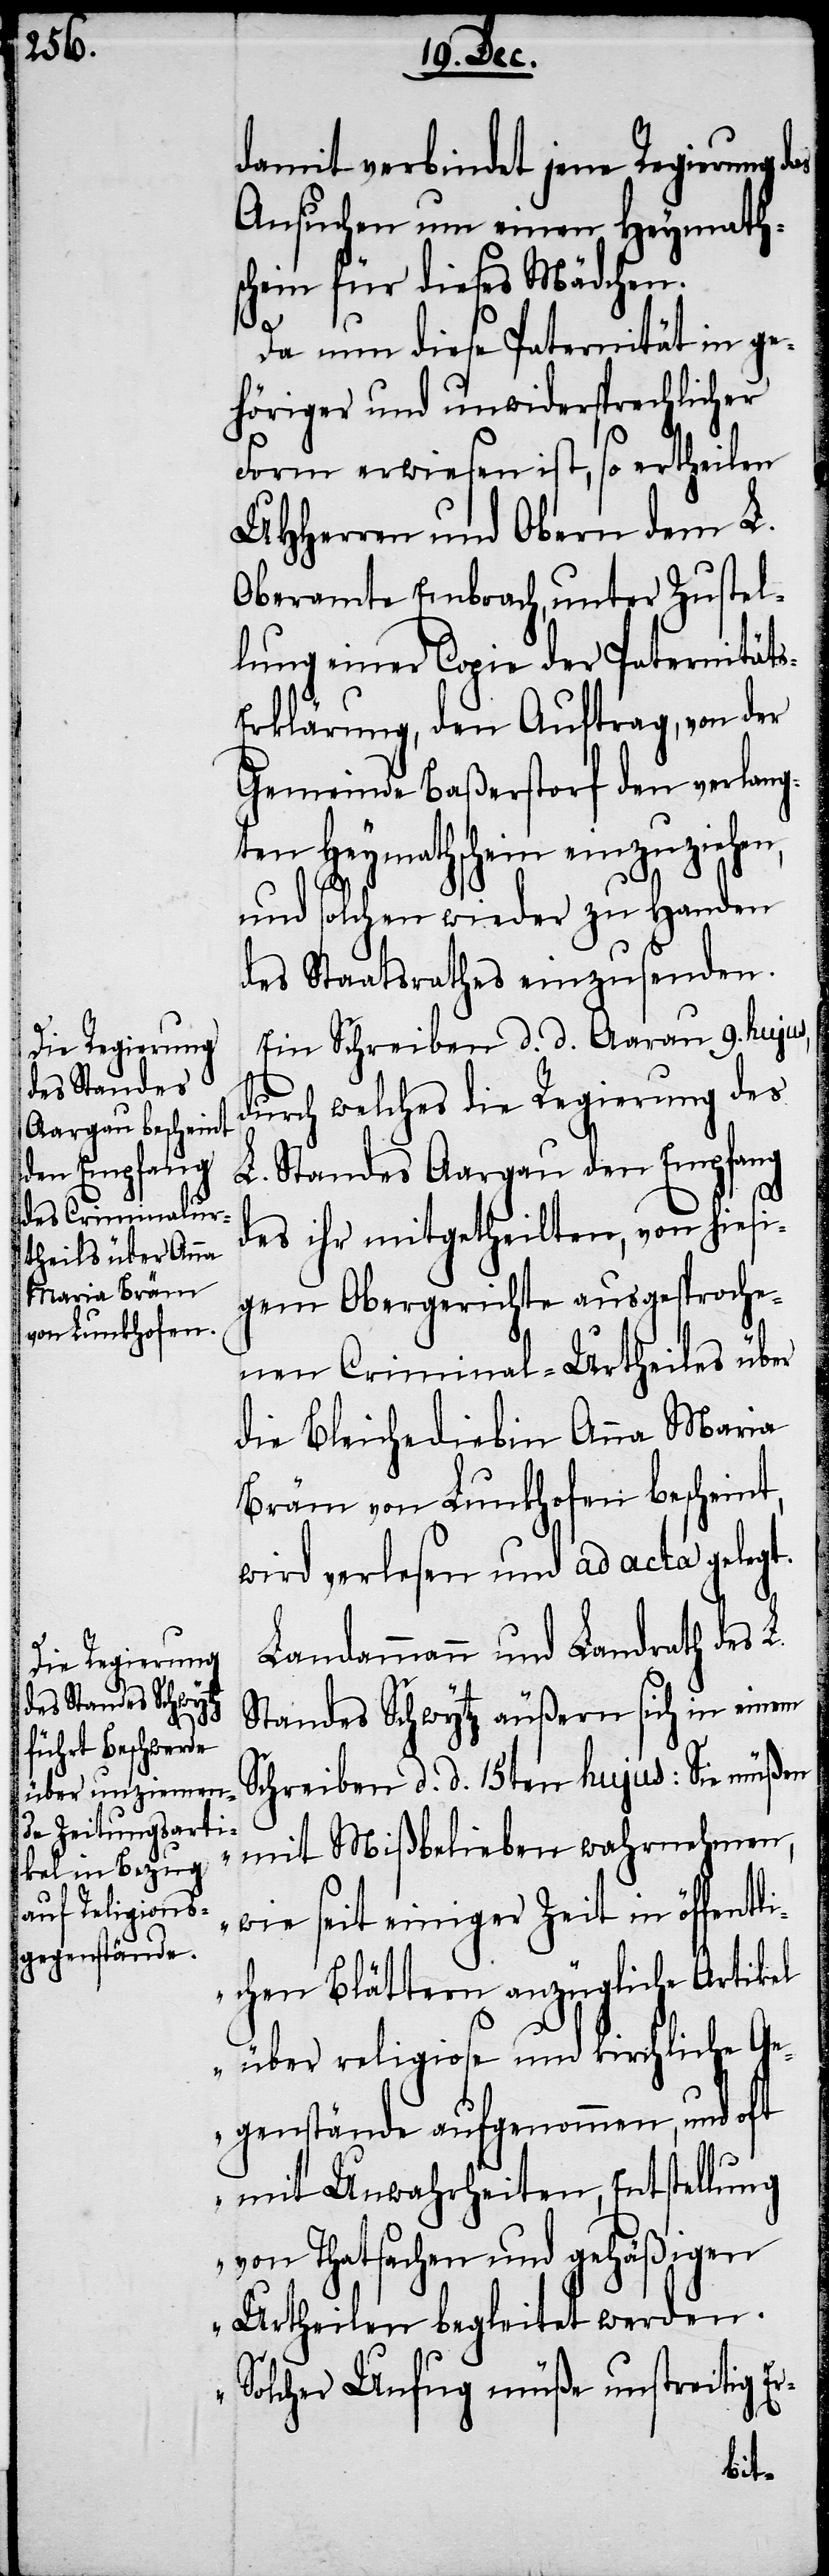
damit verbindet jene Regierung
Ansuchen um einen Heymaths¬
chein für dieses Mädchen.
Da nun diese Paternität in ge¬
höriger und unwidersprechlicher
Form erwiesen ist, so ertheilen
UHHerren und Obern dem L.
Oberamte Embrach, unter Zustel¬
lung einer Copie der Paternität¬
rklärung, den Auftrag, von der
Gemeinde Baßerstorf den verlang¬
ten Heymathschein einzuziehen,
und solchen wieder zu Handen
des Staatsrathes einzusenden.
Ein Schreiben d. d. Aarau 9. hujus,
durch welches die Regierung des
L. Standes Aargau den Empfang
des ihr mitgetheilten, von hiesi¬
gem Obergerichte ausgesproche¬
nen Criminal-Urtheiles über
die Bleichediebin Anna Maria
Bräm von Lunkhofen bescheint,
wird verlesen und ad acta gelegt.
Landammann und Landrath des L.
Standes Schwytz äußern sich in einem
Schreiben d. d. 15ten hujus: Sie müßen
mit Mißbelieben wahrnehmen,
wie seit einiger Zeit in öffentl¬
ichen Blättern anzügliche Artikel
über religiose und kirchliche Ge¬
genstände aufgenommen, und oft
mit Unwahrheiten, Entstellung
von Thatsachen und gehäßigen
Urtheilen begleitet werden.
Solcher Unfug müße unstreitig Er-
s-E¬